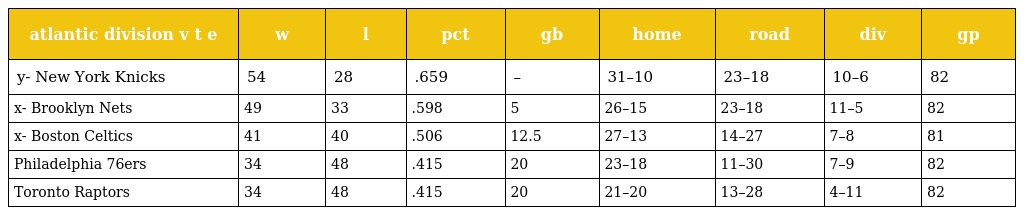
| atlantic division v t e | w | l | pct | gb | home | road | div | gp |
 | --- | --- | --- | --- | --- | --- | --- | --- | --- |
 | y- New York Knicks | 54 | 28 | .659 | – | 31–10 | 23–18 | 10–6 | 82 |
 | x- Brooklyn Nets | 49 | 33 | .598 | 5 | 26–15 | 23–18 | 11–5 | 82 |
 | x- Boston Celtics | 41 | 40 | .506 | 12.5 | 27–13 | 14–27 | 7–8 | 81 |
 | Philadelphia 76ers | 34 | 48 | .415 | 20 | 23–18 | 11–30 | 7–9 | 82 |
 | Toronto Raptors | 34 | 48 | .415 | 20 | 21–20 | 13–28 | 4–11 | 82 |